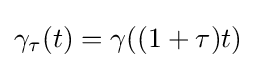
\gamma _{\tau }(t)=\gamma ((1+\tau )t)